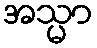
အသ္မာ